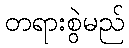
တရားစွဲမည်